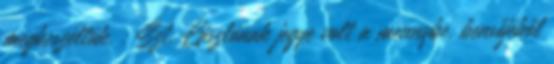
megbeszéltük. : Szt. Lászlónak jegye volt a mennybe. bensőjéből